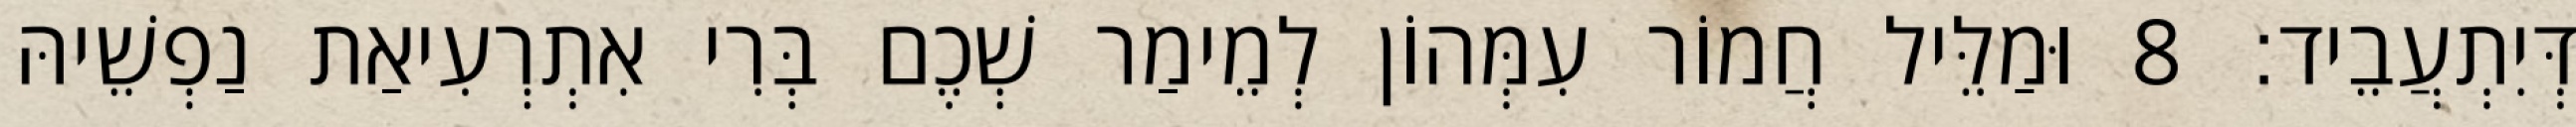
דְּיִתְעֲבֵיד׃ 8 וּמַלֵּיל חֲמוֹר עִמְּהוֹן לְמֵימַר שְׁכֶם בְּרִי אִתְרְעִיאַת נַפְשֵׁיהּ